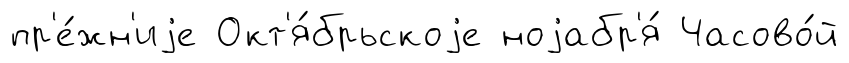
пр'е́жн'иjе Окт'я́брьскоjе ноjабр'я́ Часово́й